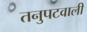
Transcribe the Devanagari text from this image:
तनुपटवाली